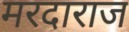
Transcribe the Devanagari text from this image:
मरदाराज